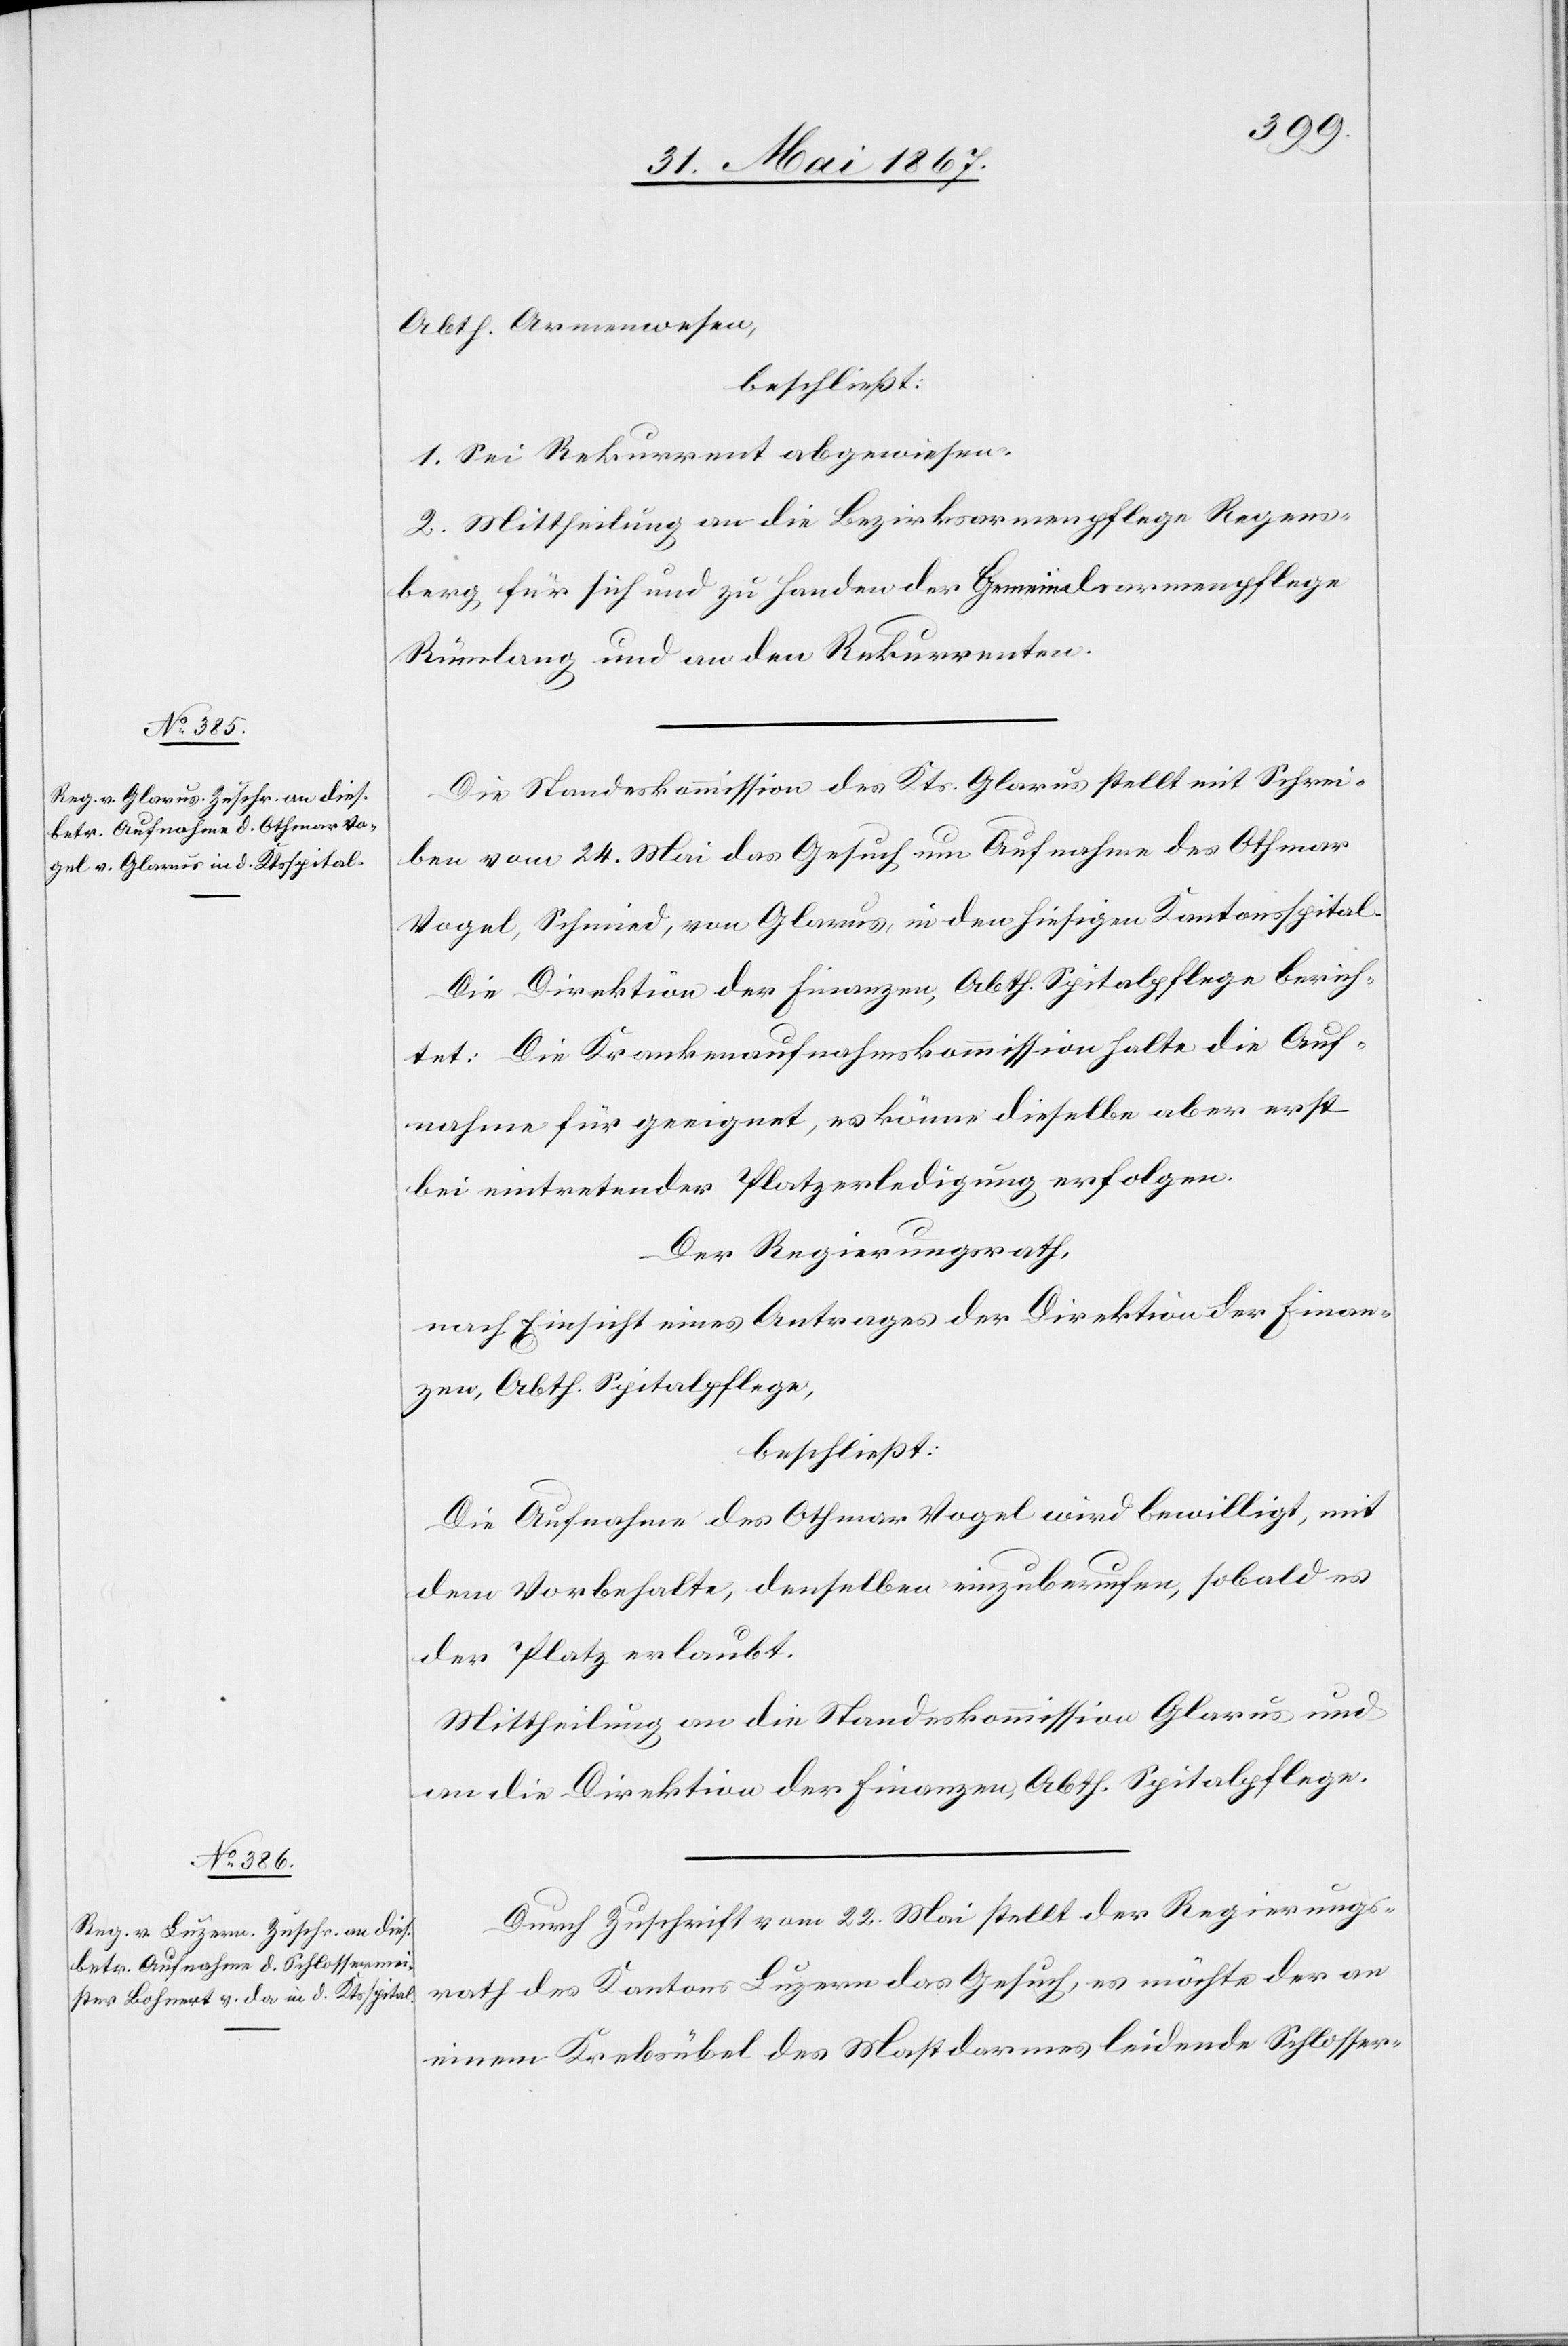
Abth. Armenwesen,
beschließt:
1. Sei Rekurrent abgewiesen.
2. Mittheilung an die Bezirksarmenpflege Regens¬
berg für sich und zu Handen der Gemeindsarmenpflege
Rümlang und an den Rekurrenten.
Die Standeskommission des Kts. Glarus stellt mit Schrei¬
ben vom 24. Mai das Gesuch um Aufnahme des Othmar
Vogel, Schmied, von Glarus, in den hiesigen Kantonsspital.
Die Direktion der Finanzen, Abth. Spitalpflege berich¬
tet: Die Krankenaufnahmskommission halte die Auf¬
nahme für geeignet, es könne dieselbe aber erst
bei eintretender Platzerledigung erfolgen.
Der Regierungsrath,
nach Einsicht eines Antrages der Direktion der Finan¬
zen, Abth. Spitalpflege,
beschließt:
Die Aufnahme des Othmar Vogel wird bewilligt, mit
dem Vorbehalte, denselben einzuberufen, sobald es
der Platz erlaubt.
Mittheilung an die Standeskommission Glarus und
an die Direktion der Finanzen, Abth. Spitalpflege.
Durch Zuschrift vom 22. Mai stellt der Regierungs¬
rath des Kantons Luzern das Gesuch, es möchte der an
einem Krebsübel des Mastdarmes leidende Schlosser-